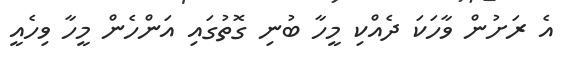
އެ ރަށުން ވާހަކަ ދެއްކި މީހާ ބުނި ގޮތުގައި އަންހެން މީހާ ވިހެއީ